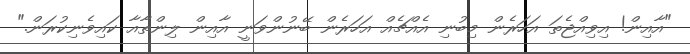
"އާއިން! އިވިއްޖެތަ އަހަރެން މިބުނި އެއްޗެއް އަހަރެން ބޭނުންވަނީ އާއިން ލިންތާއާ ކައިވެނިކުރަން."